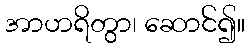
အာဟရိတွာ၊ ဆောင်၍။